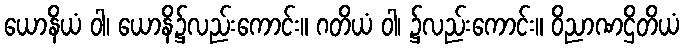
ယောနိယံ ဝါ၊ ယောနိ၌လည်းကောင်း။ ဂတိယံ ဝါ၊ ၌လည်းကောင်း။ ဝိညာဏဌိတိယံ